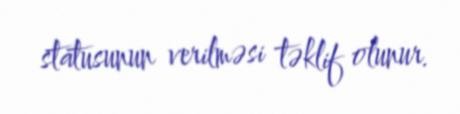
statusunun verilməsi təklif olunur.